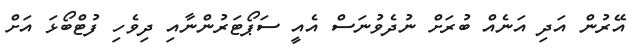
އޭރުން އަދި އަނެއް ބުރަށް ނުދެވުނަސް އެއީ ސަޕޯޓަރުންނާއި ދިވެހި ފުޓްބޯޅަ އަށް